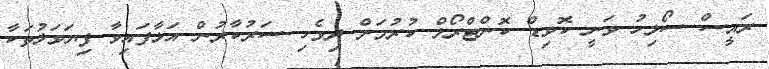
ރައީސް ސޯލިހު ވަނީ ކޮވިޑް ކޮންޓްރޯލް ކުރުމަށް ދިވެހި ސަރުކާރުން އަޅާފައިވާ ފިޔަވަޅުތަކާ